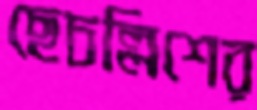
ছেচল্লিশের